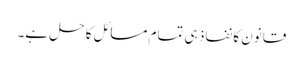
قانون کا نفاذ ہی تمام مسائل کا حل ہے۔